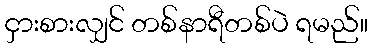
ငှားစားလျှင် တစ်နာရီတစ်ပဲ ရမည်။